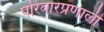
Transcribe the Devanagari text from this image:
परिवारप्रणाली